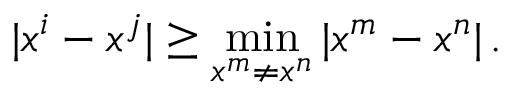
| x ^ { i } - x ^ { j } | \geq \operatorname* { m i n } _ { x ^ { m } \neq x ^ { n } } | x ^ { m } - x ^ { n } | \, .